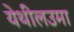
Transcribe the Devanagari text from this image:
येथीलउमा